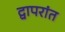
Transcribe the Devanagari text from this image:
द्वापरांत